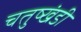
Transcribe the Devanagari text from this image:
चतुष्खंडी